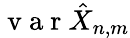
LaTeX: \mathrm{~v~a~r~}\hat{X}_{n,m}